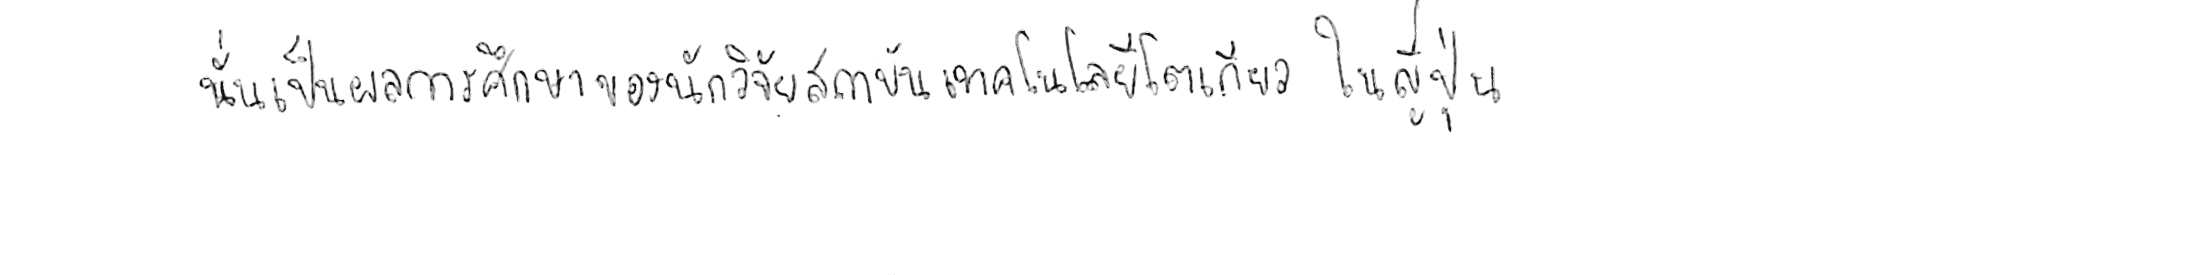
นั่นเป็นผลการศึกษาของนักวิจัยสถาบันเทคโนโลยีโตเกียว ในญี่ปุ่น